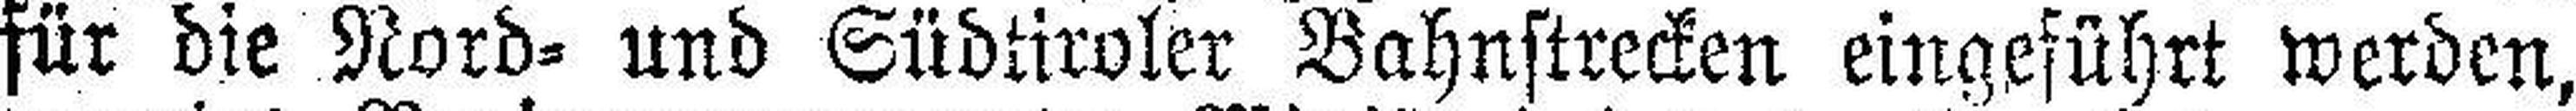
für die Nord= und Südtiroler Bahnstrecken eingeführt werden,